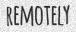
REMOTELY